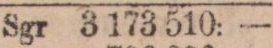
Sgr 3 173 510: —